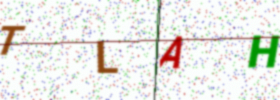
Text: TLAH